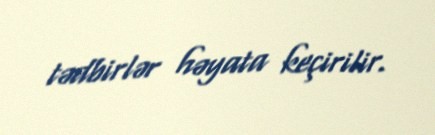
tədbirlər həyata keçirilir.